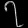
Digit: ၇